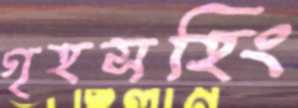
গৃহসহিং